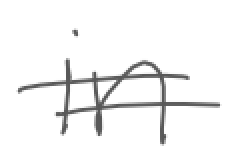
Text: in
Cross-out: double-line
Writing tool: digital_gray